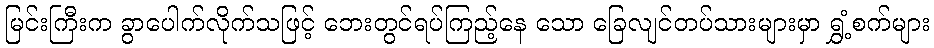
မြင်းကြီးက ခွာပေါက်လိုက်သဖြင့် ဘေးတွင်ရပ်ကြည့်နေ သော ခြေလျင်တပ်သားများမှာ ရွှံ့စက်များ